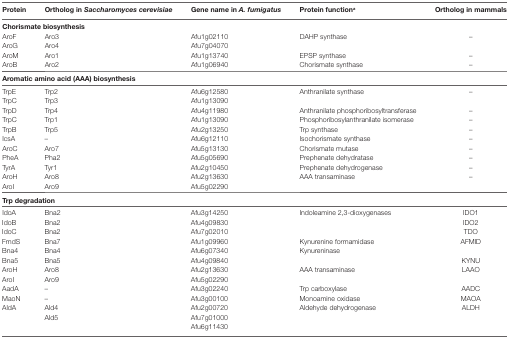
| Protein | Ortholog in Saccharomyces cerevisiae | Gene name in A. fumigatus | Protein functiona | Ortholog in mammals |
 | --- | --- | --- | --- | --- |
 | <COLSPAN=5> Chorismate biosynthesis |
 | AroF | Aro3 | Afu1g02110 | <ROWSPAN=2> DAHP synthase | <ROWSPAN=2> – |
 | AroG | Aro4 | Afu7g04070 |
 | AroM | Aro1 | Afu1g13740 | EPSP synthase | – |
 | AroB | Aro2 | Afu1g06940 | Chorismate synthase | – |
 | <COLSPAN=5> Aromatic amino acid (AAA) biosynthesis |
 | TrpE | Trp2 | Afu6g12580 | <ROWSPAN=2> Anthranilate synthase | <ROWSPAN=2> – |
 | TrpC | Trp3 | Afu1g13090 |
 | TrpD | Trp4 | Afu4g11980 | Anthranilate phosphoribosyltransferase | – |
 | TrpC | Trp1 | Afu1g13090 | Phosphoribosylanthranilate isomerase | – |
 | TrpB | Trp5 | Afu2g13250 | Trp synthase | – |
 | IcsA | – | Afu6g12110 | Isochorismate synthase | – |
 | AroC | Aro7 | Afu5g13130 | Chorismate mutase | – |
 | PheA | Pha2 | Afu5g05690 | Prephenate dehydratase | – |
 | TyrA | Tyr1 | Afu2g10450 | Prephenate dehydrogenase | – |
 | AroH | Aro8 | Afu2g13630 | <ROWSPAN=2> AAA transaminase | <ROWSPAN=2> – |
 | AroI | Aro9 | Afu5g02290 |
 | <COLSPAN=5> Trp degradation |
 | IdoA | Bna2 | Afu3g14250 | <ROWSPAN=3> Indoleamine 2,3-dioxygenases | IDO1 |
 | IdoB | Bna2 | Afu4g09830 | IDO2 |
 | IdoC | Bna2 | Afu7g02010 | TDO |
 | FmdS | Bna7 | Afu1g09960 | Kynurenine formamidase | AFMID |
 | Bna4 | Bna4 | Afu6g07340 | <ROWSPAN=2> Kynureninase |  |
 | Bna5 | Bna5 | Afu4g09840 | KYNU |
 | AroH | Aro8 | Afu2g13630 | <ROWSPAN=2> AAA transaminase | <ROWSPAN=2> LAAO |
 | AroI | Aro9 | Afu5g02290 |
 | AadA | – | Afu3g02240 | Trp carboxylase | AADC |
 | MaoN | – | Afu3g00100 | Monoamine oxidase | MAOA |
 | <ROWSPAN=3> AldA | Ald4 | Afu2g00720 | <ROWSPAN=3> Aldehyde dehydrogenase | <ROWSPAN=3> ALDH |
 | Ald5 | Afu7g01000 |
 |  | Afu6g11430 |